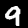
Digit: 9